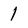
Character: 1